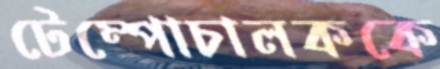
টেম্পোচালককে